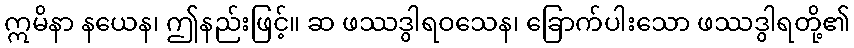
ဣမိနာ နယေန၊ ဤနည်းဖြင့်။ ဆ ဖဿဒွါရဝသေန၊ ခြောက်ပါးသော ဖဿဒွါရတို့၏